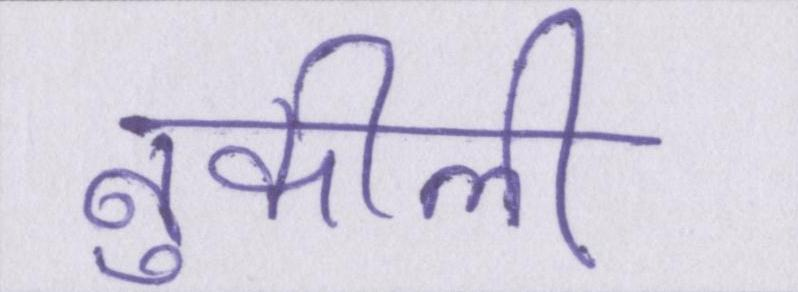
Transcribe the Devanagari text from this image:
नुकीली